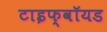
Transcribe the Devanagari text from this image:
टाइफ्वॉयड